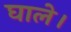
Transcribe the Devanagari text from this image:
घाले।